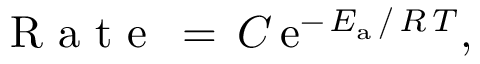
\textrm { R a t e } \, = \, C \, \mathrm { e } ^ { - \, E _ { \mathrm { a } } \, / \, R \, T } ,